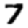
Digit: 7